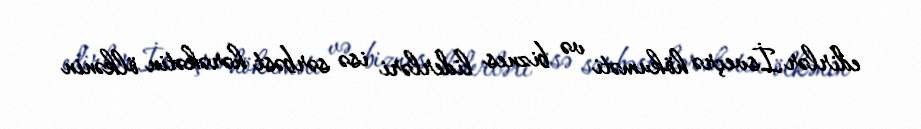
edirlər.İsveçrə hökuməti və biznes liderləri isə sərbəst hərəkətin ölkənin